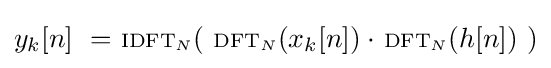
y_{k}[n]\ =\ \scriptstyle {\text{IDFT}}_{N}\displaystyle (\ \scriptstyle {\text{DFT}}_{N}\displaystyle (x_{k}[n])\cdot \ \scriptstyle {\text{DFT}}_{N}\displaystyle (h[n])\ )